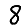
Digit: 8